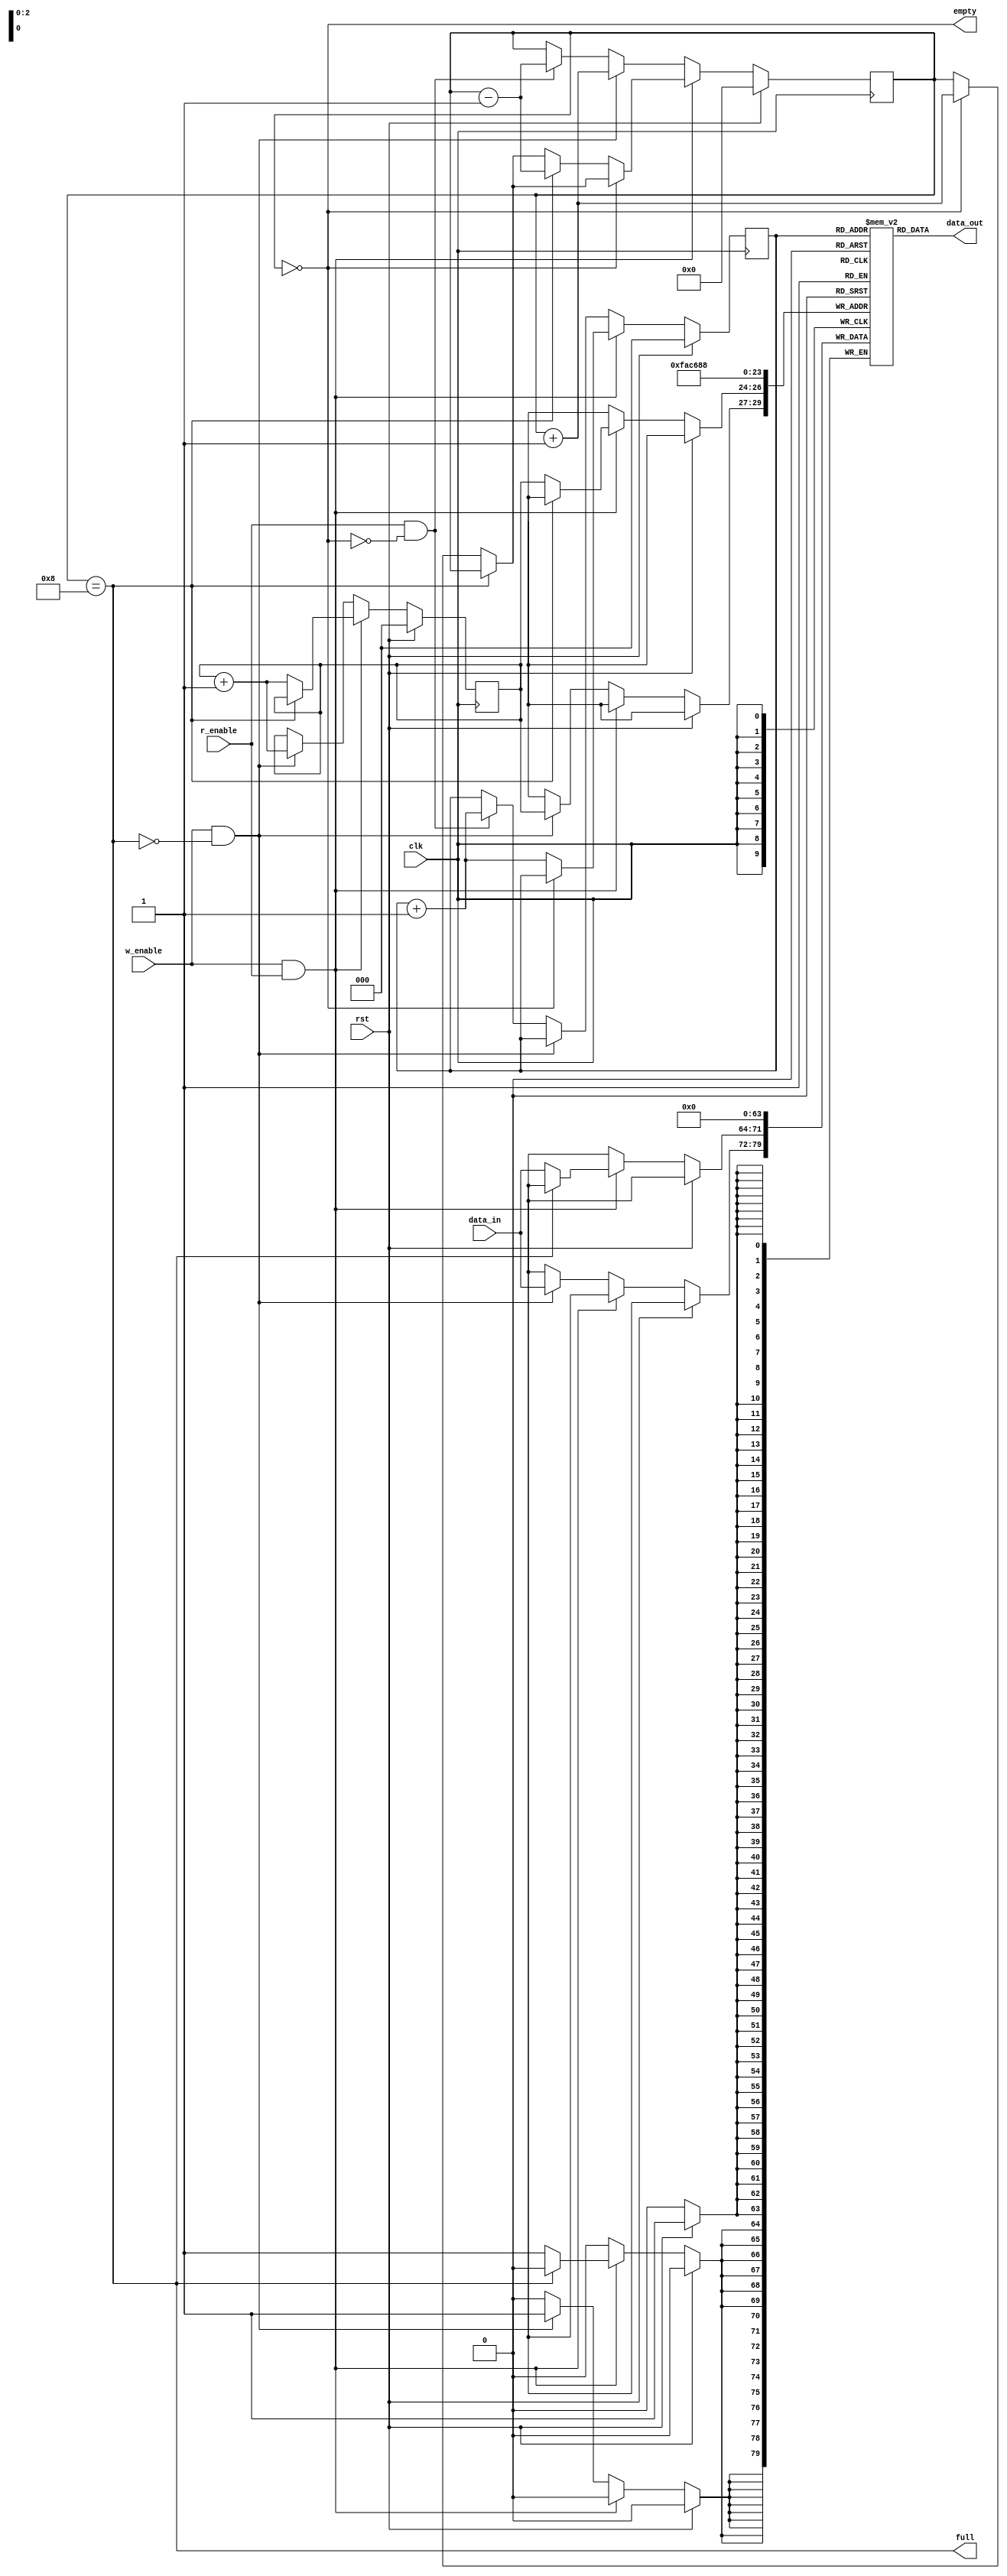
// Synchronous FIFO Module
// George Trieu
// Usage:
//  To write, pull w_enable HIGH and have data on the data_in bus
//  To read and pop, pull r_enable HIGH
//  To read and not pop (i.e. peek), pull r_enable LOW
// Behaviour:
//  If the FIFO is full (fifo_full == 1), any successive writes will not occur
//  If the FIFO is empty (fifo_empty == 1), any successive pops will not occur, and the read will produce unknown

module fifo #(parameter DEPTH=8, DATA_WIDTH=8) (
    input clk,
    input rst,
    input w_enable,
    input r_enable,
    input [DATA_WIDTH - 1:0] data_in,
    output [DATA_WIDTH - 1:0] data_out,
    output full,
    output empty
);

reg [$clog2(DEPTH) - 1:0] r_ptr;
reg [$clog2(DEPTH) - 1:0] w_ptr;
reg [DATA_WIDTH - 1:0] fifo[0:DEPTH-1];
reg [$clog2(DEPTH):0] count;

assign full = count == DEPTH;
assign empty = count == 0;
assign data_out = fifo[r_ptr];

integer i;

always @(posedge clk) begin
	if (rst) begin
		r_ptr <= 0;
		w_ptr <= 0;
		count <= 0;
		for (i=0; i < DEPTH; i=i+1) begin
			fifo[i] <= 0;
		end
	end else begin
		if (w_enable && r_enable) begin
			if (~full) begin
				fifo[w_ptr] <= data_in;
				w_ptr <= w_ptr + 1;
				if (w_ptr == DEPTH) begin
					w_ptr <= 0;
				end
				if (empty) begin
					count <= count + 1; 
				end
			end
			if (~empty) begin
				r_ptr <= r_ptr + 1;
				if (r_ptr == DEPTH) begin
					r_ptr <= 0;
				end
				if (full) begin
					count <= count - 1; 
				end
			end
	 	end else if (w_enable && ~full) begin
			fifo[w_ptr] <= data_in;
			w_ptr <= w_ptr + 1;
			if (w_ptr == DEPTH) begin
				w_ptr <= 0;
			end
			count <= count + 1;
		end else if (r_enable && ~empty) begin
			//data_out <= fifo[r_ptr];
			r_ptr <= r_ptr + 1;
			if (r_ptr == DEPTH) begin
				r_ptr <= 0;
			end
			count <= count - 1;
		end
	end
end

endmodule